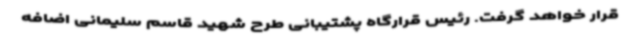
قرار خواهد گرفت. رئیس قرارگاه پشتیبانی طرح شهید قاسم سلیمانی اضافه